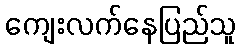
ကျေးလက်နေပြည်သူ